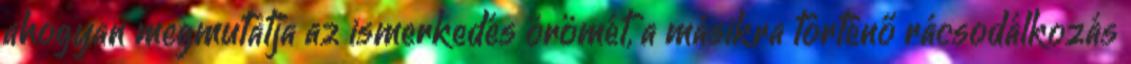
ahogyan megmutatja az ismerkedés örömét, a másikra történő rácsodálkozás